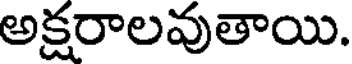
అక్షరాలవుతాయి.